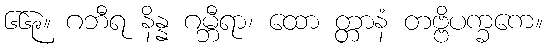
၆၆၉။ ဂဘီရ နိန္န ဂမ္ဘီရာ၊ ထော တ္တာနံ တဗ္ဗိပက္ခကေ။